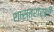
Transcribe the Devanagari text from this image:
शास्त्रार्थी